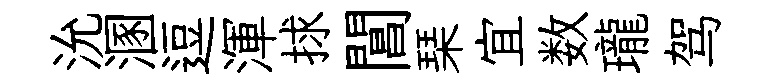
沇溷逗渾捄閶琹宜数瓏驾